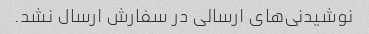
نوشیدنی‌های ارسالی در سفارش ارسال نشد.